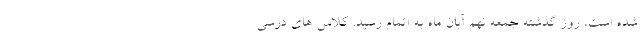
شده است، روز گذشته جمعه نهم آبان ماه به اتمام رسید. کلاس های درسی